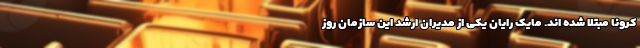
کرونا مبتلا شده اند. مایک رایان یکی از مدیران ارشد این سازمان روز